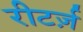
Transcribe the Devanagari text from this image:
रीटर्ज़